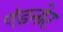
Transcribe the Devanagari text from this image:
एंडनोट